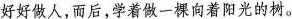
好好做人，而后，学着做一棵向着阳光的树。